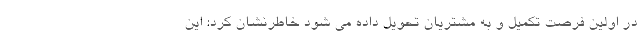
در اولین فرصت تکمیل و به مشتریان تحویل داده می شود خاطرنشان کرد: این